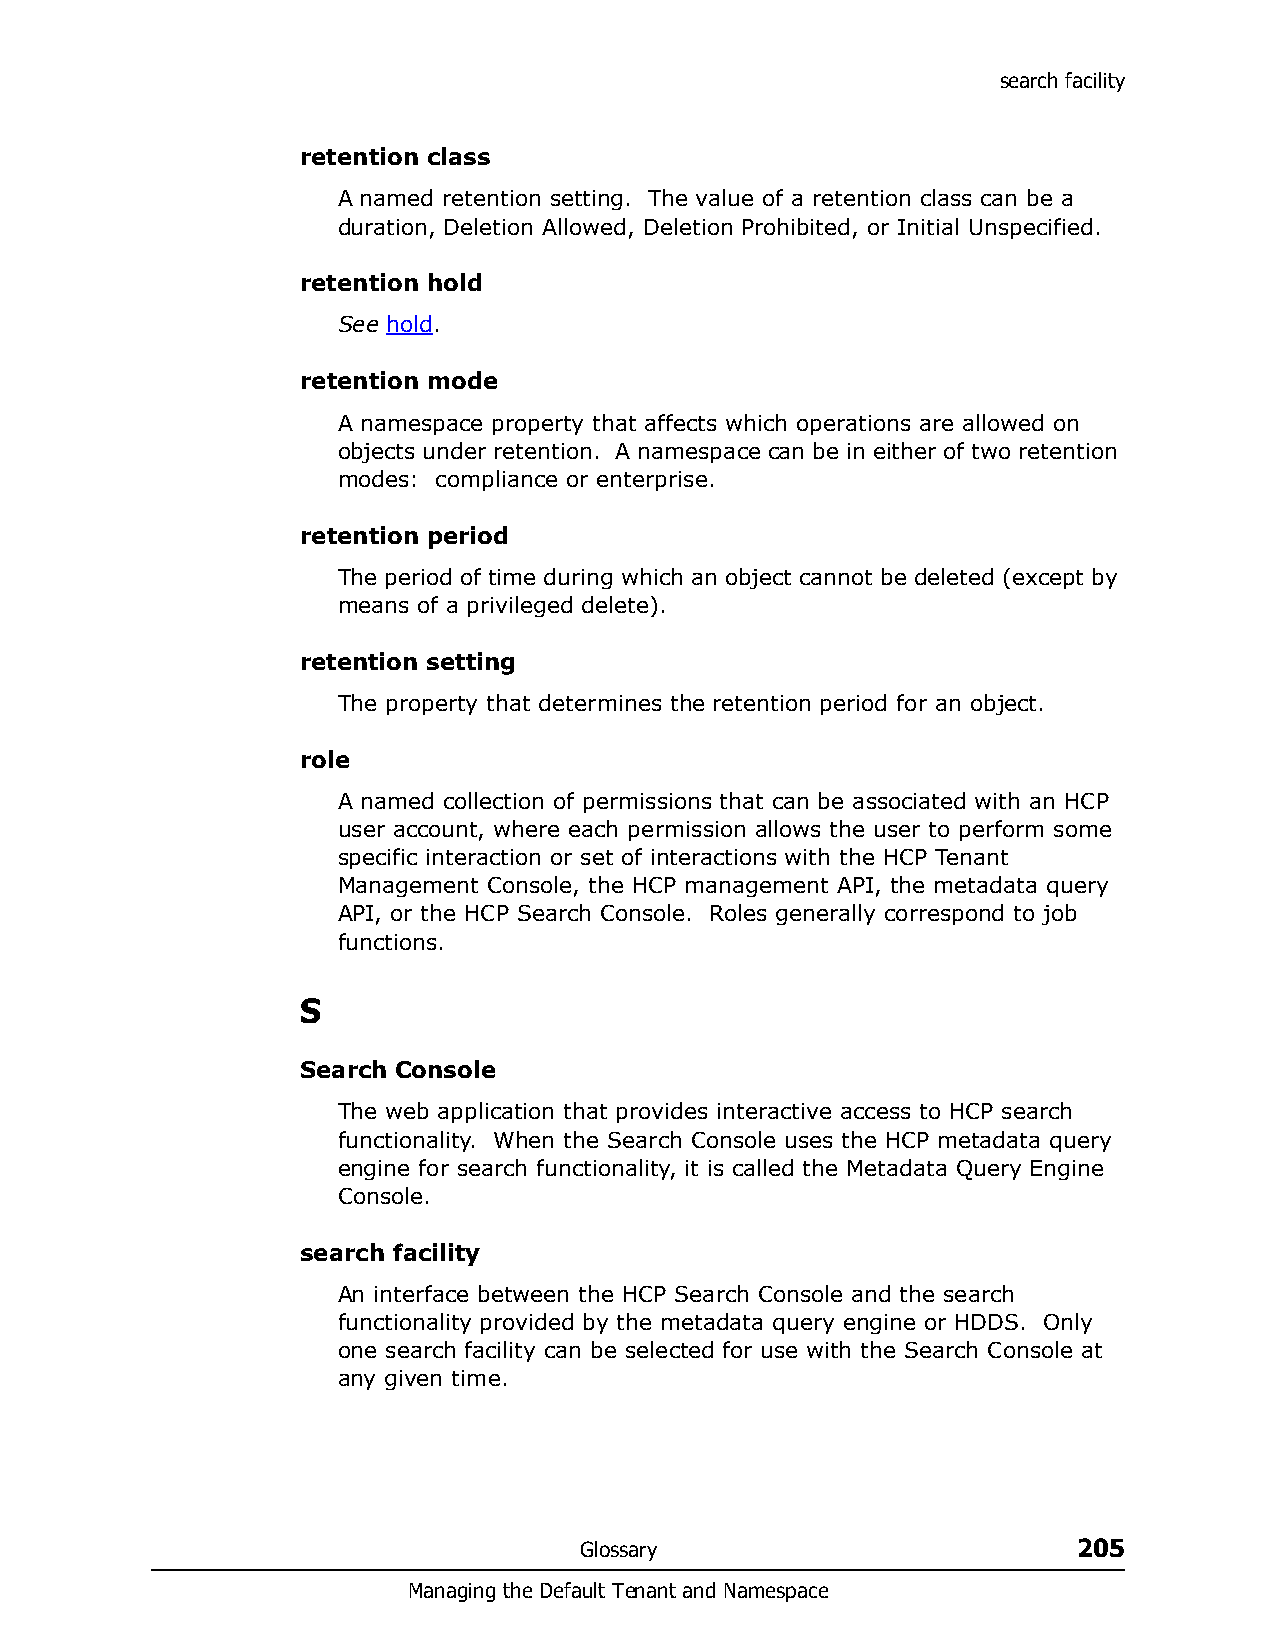
search facility
 retention class
 A named retention setting. The value of a retention class can be a
 duration, Deletion Allowed, Deletion Prohibited, or Initial Unspecified.
 retention hold
 See hold.
 retention mode
 A namespace property that affects which operations are allowed on
 objects under retention. A namespace can be in either of two retention
 modes: compliance or enterprise.
 retention period
 The period of time during which an object cannot be deleted (except by
 means of a privileged delete).
 retention setting
 The property that determines the retention period for an object.
 role
 A named collection of permissions that can be associated with an HCP
 user account, where each permission allows the user to perform some
 specific interaction or set of interactions with the HCP Tenant
 Management Console, the HCP management API, the metadata query
 API, or the HCP Search Console. Roles generally correspond to job
 functions.
 S
 Search Console
 The web application that provides interactive access to HCP search
 functionality. When the Search Console uses the HCP metadata query
 engine for search functionality, it is called the Metadata Query Engine
 Console.
 search facility
 An interface between the HCP Search Console and the search
 functionality provided by the metadata query engine or HDDS. Only
 one search facility can be selected for use with the Search Console at
 any given time.
 Glossary                         205
 Managing the Default Tenant and Namespace